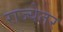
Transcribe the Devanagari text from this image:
राज्येतर